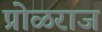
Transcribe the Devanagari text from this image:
प्रोळराज